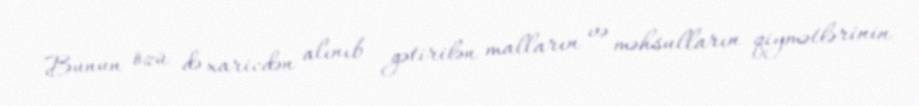
Bunun özü də xaricdən alınıb gətirilən malların və məhsulların qiymətlərinin